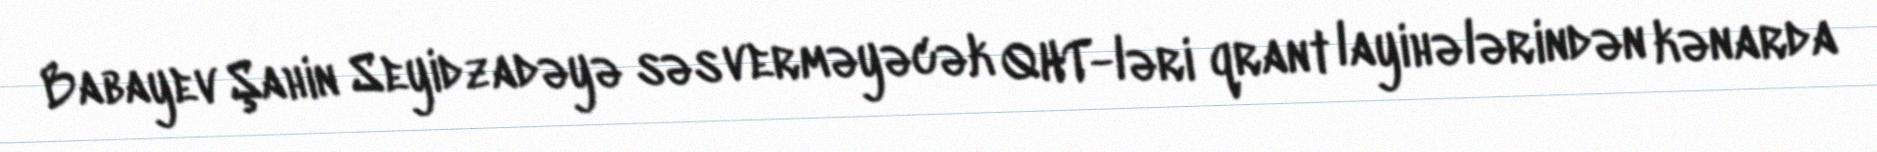
Babayev Şahin Seyidzadəyə səs verməyəcək QHT-ləri qrant layihələrindən kənarda